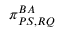
\pi _ { P S , R Q } ^ { B A }